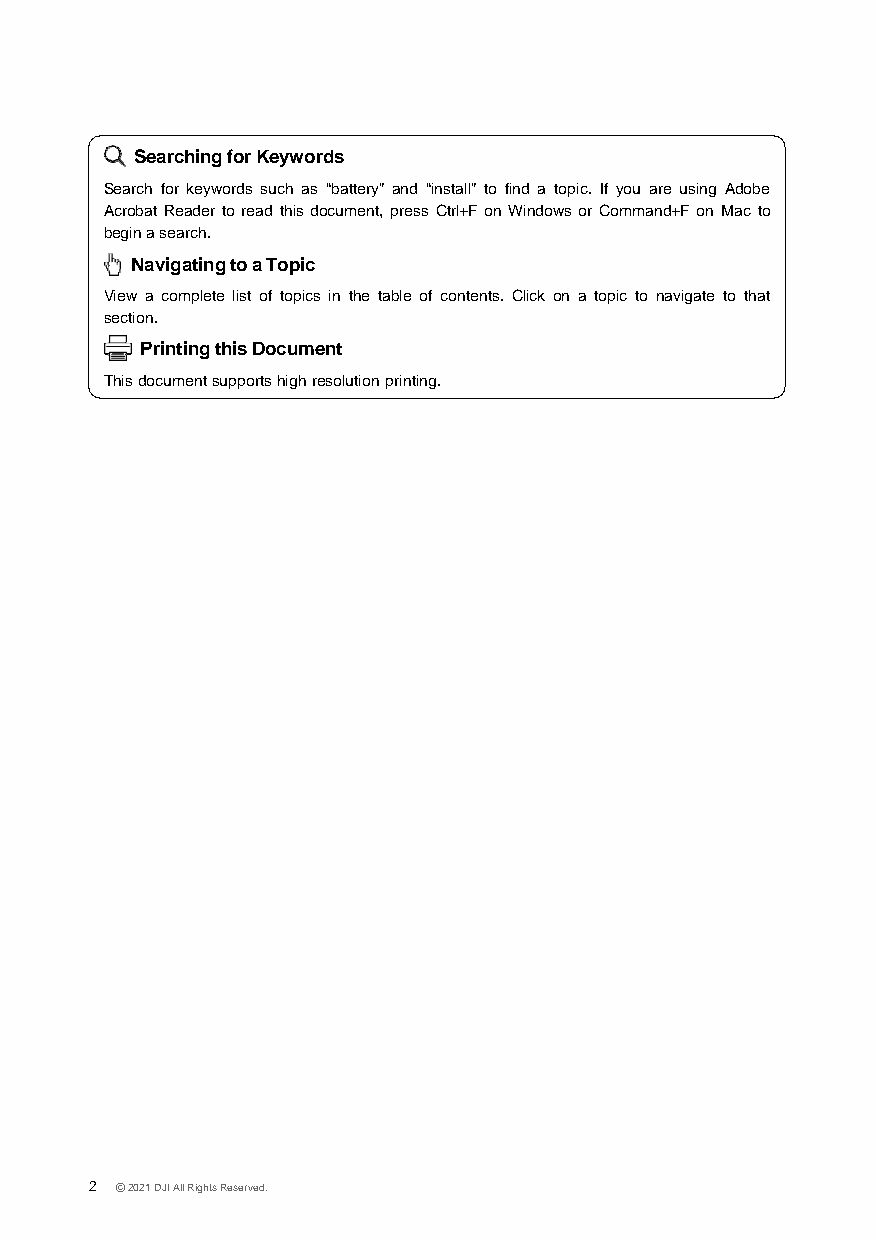
Searching for Keywords
 Search for keywords such as “battery” and “install” to find a topic. If you are using Adobe
 Acrobat Reader to read this document, press Ctrl+F on Windows or Command+F on Mac to
 begin a search.
 Navigating to a Topic
 View a complete list of topics in the table of contents. Click on a topic to navigate to that
 section.
 Printing this Document
 This document supports high resolution printing.
 2 © 2021 DJI All Rights Reserved.